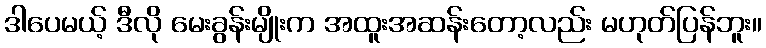
ဒါပေမယ့် ဒီလို မေးခွန်းမျိုးက အထူးအဆန်းတော့လည်း မဟုတ်ပြန်ဘူး။